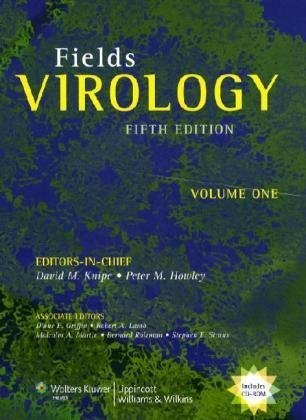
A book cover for Fields Virology; Medical Books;